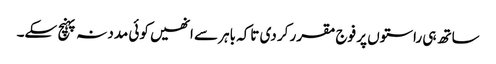
ساتھ ہی راستوں پر فوج مقرر کر دی تاکہ باہر سے انھیں کوئی مدد نہ پہنچ سکے۔